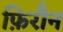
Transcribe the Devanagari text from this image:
फ़िरौन